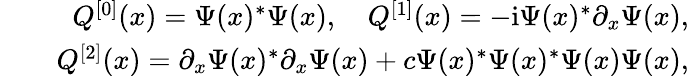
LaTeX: \begin{array}{rlr}&{}&{Q^{[0]}(x)=\Psi(x)^{*}\Psi(x),\quad Q^{[1]}(x)=-\mathrm{i}\Psi(x)^{*}\partial_{x}\Psi(x),}\\ &{}&{Q^{[2]}(x)=\partial_{x}\Psi(x)^{*}\partial_{x}\Psi(x)+c\Psi(x)^{*}\Psi(x)^{*}\Psi(x)\Psi(x),}\end{array}